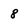
Character: 8